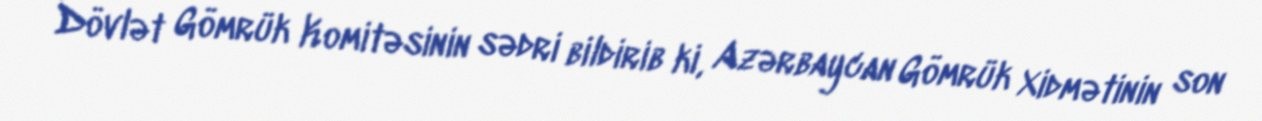
Dövlət Gömrük Komitəsinin sədri bildirib ki, Azərbaycan Gömrük Xidmətinin son